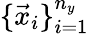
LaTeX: \{ \vec{x}_{i}\} _{i=1}^{n_{y}}